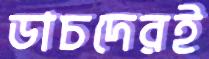
ডাচদেরই